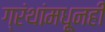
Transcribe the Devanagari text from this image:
ग्रंथांमधूनही